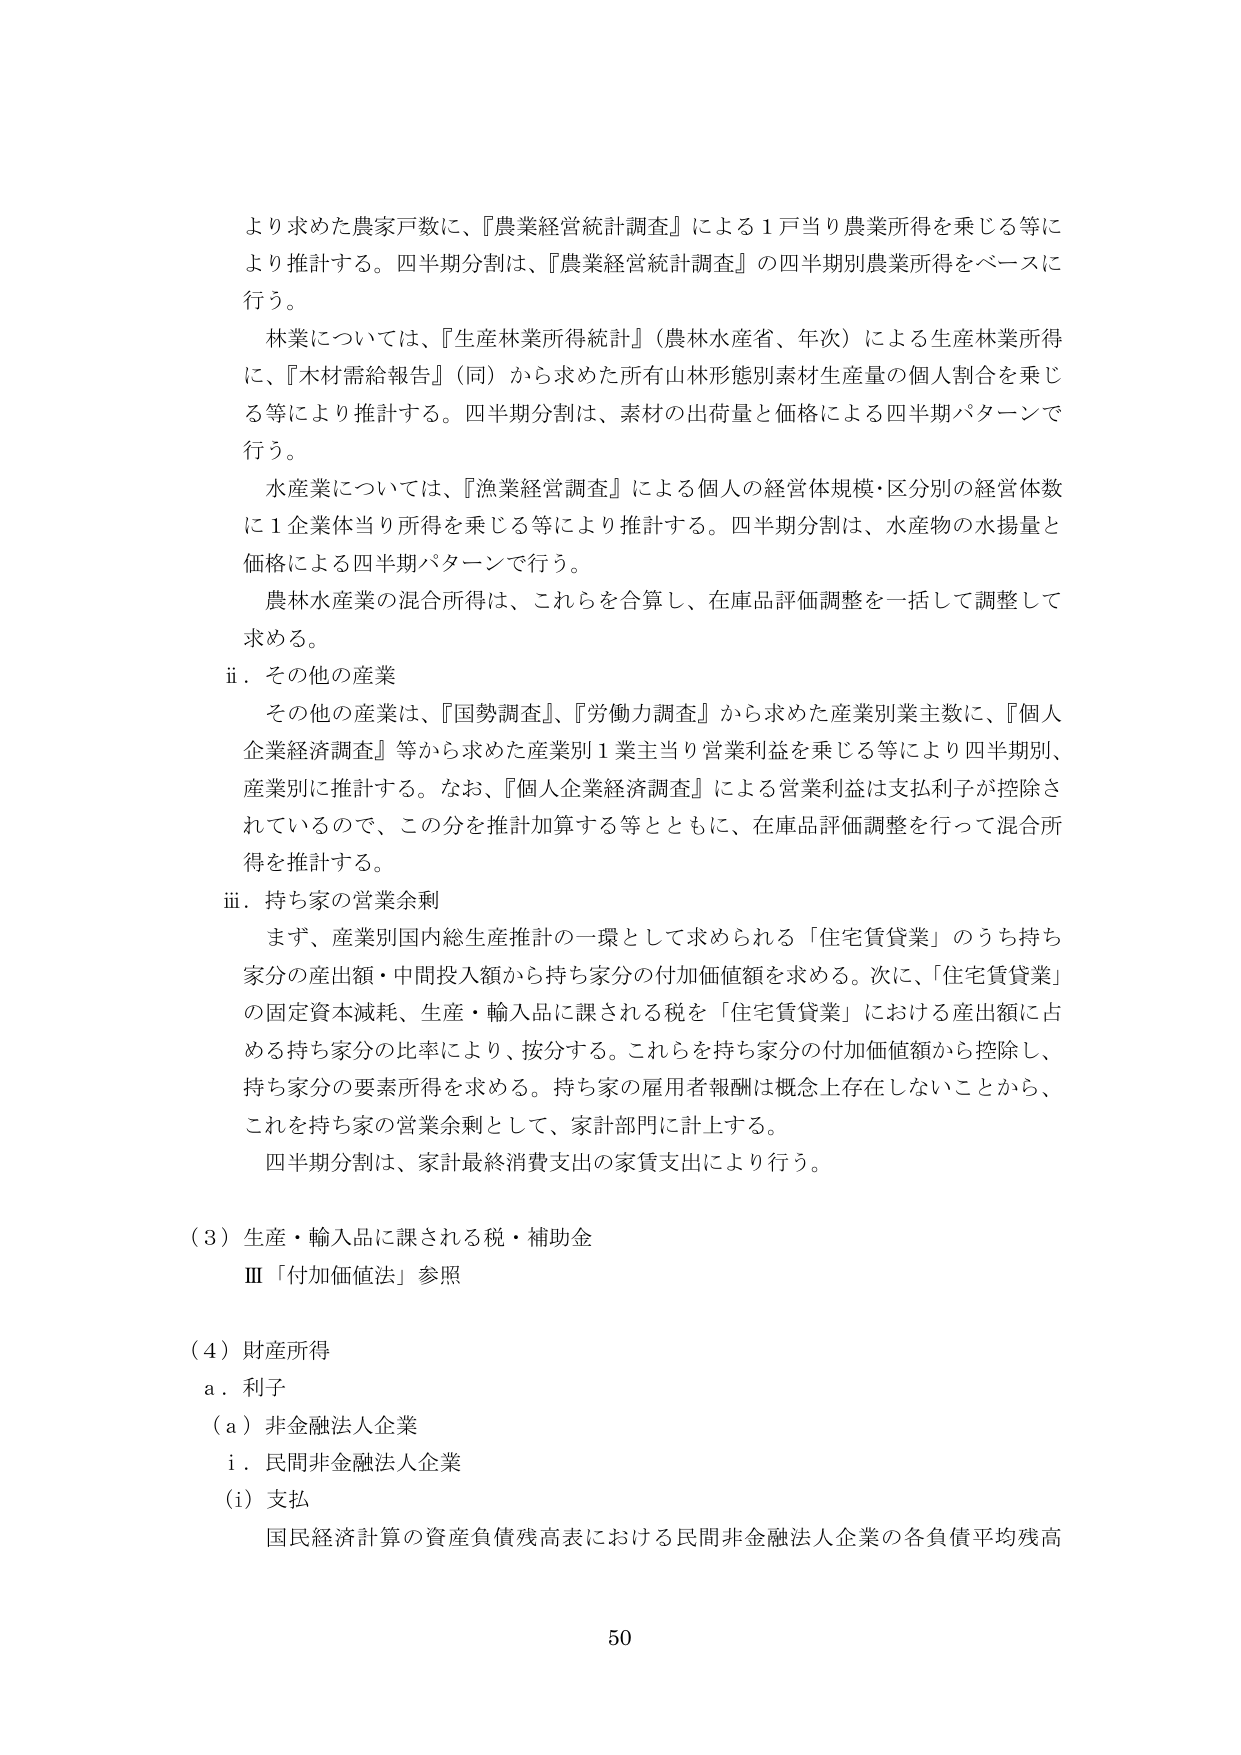
より求めた農家戸数に、『農業経営統計調査』による１戸当り農業所得を乗じる等により推計する。四半期分割は、『農業経営統計調査』の四半期別農業所得をベースに行う。

林業については、『生産林業所得統計』（農林水産省、年次）による生産林業所得に、『木材需給報告』（同）から求めた所有山林形態別素材生産量の個人割合を乗じる等により推計する。四半期分割は、素材の出荷量と価格による四半期パターンで行う。

水産業については、『漁業経営調査』による個人の経営体規模・区分別の経営体数に１企業体当り所得を乗じる等により推計する。四半期分割は、水産物の水揚量と価格による四半期パターンで行う。

農林水産業の混合所得は、これらを合算し、在庫品評価調整を一括して調整して求める。

ii．その他の産業

その他の産業は、『国勢調査』、『労働力調査』から求めた産業別業主数に、『個人企業経済調査』等から求めた産業別１業主当り営業利益を乗じる等により四半期別、産業別に推計する。なお、『個人企業経済調査』による営業利益は支払利子が控除されているので、この分を推計加算する等とともに、在庫品評価調整を行って混合所得を推計する。

iii．持ち家の営業余剰

まず、産業別国内総生産推計の一環として求められる「住宅賃貸業」のうち持ち家分の産出額・中間投入額から持ち家分の付加価値額を求める。次に、「住宅賃貸業」の固定資本減耗、生産・輸入品に課される税を「住宅賃貸業」における産出額に占める持ち家分の比率により、按分する。これらを持ち家分の付加価値額から控除し、持ち家分の要素所得を求める。持ち家の雇用者報酬は概念上存在しないことから、これを持ち家の営業余剰として、家計部門に計上する。

四半期分割は、家計最終消費支出の家賃支出により行う。

（3）生産・輸入品に課される税・補助金

Ⅲ「付加価値法」参照

（4）財産所得

a．利子

（a）非金融法人企業

i．民間非金融法人企業

（i）支払

国民経済計算の資産負債残高表における民間非金融法人企業の各負債平均残高

50